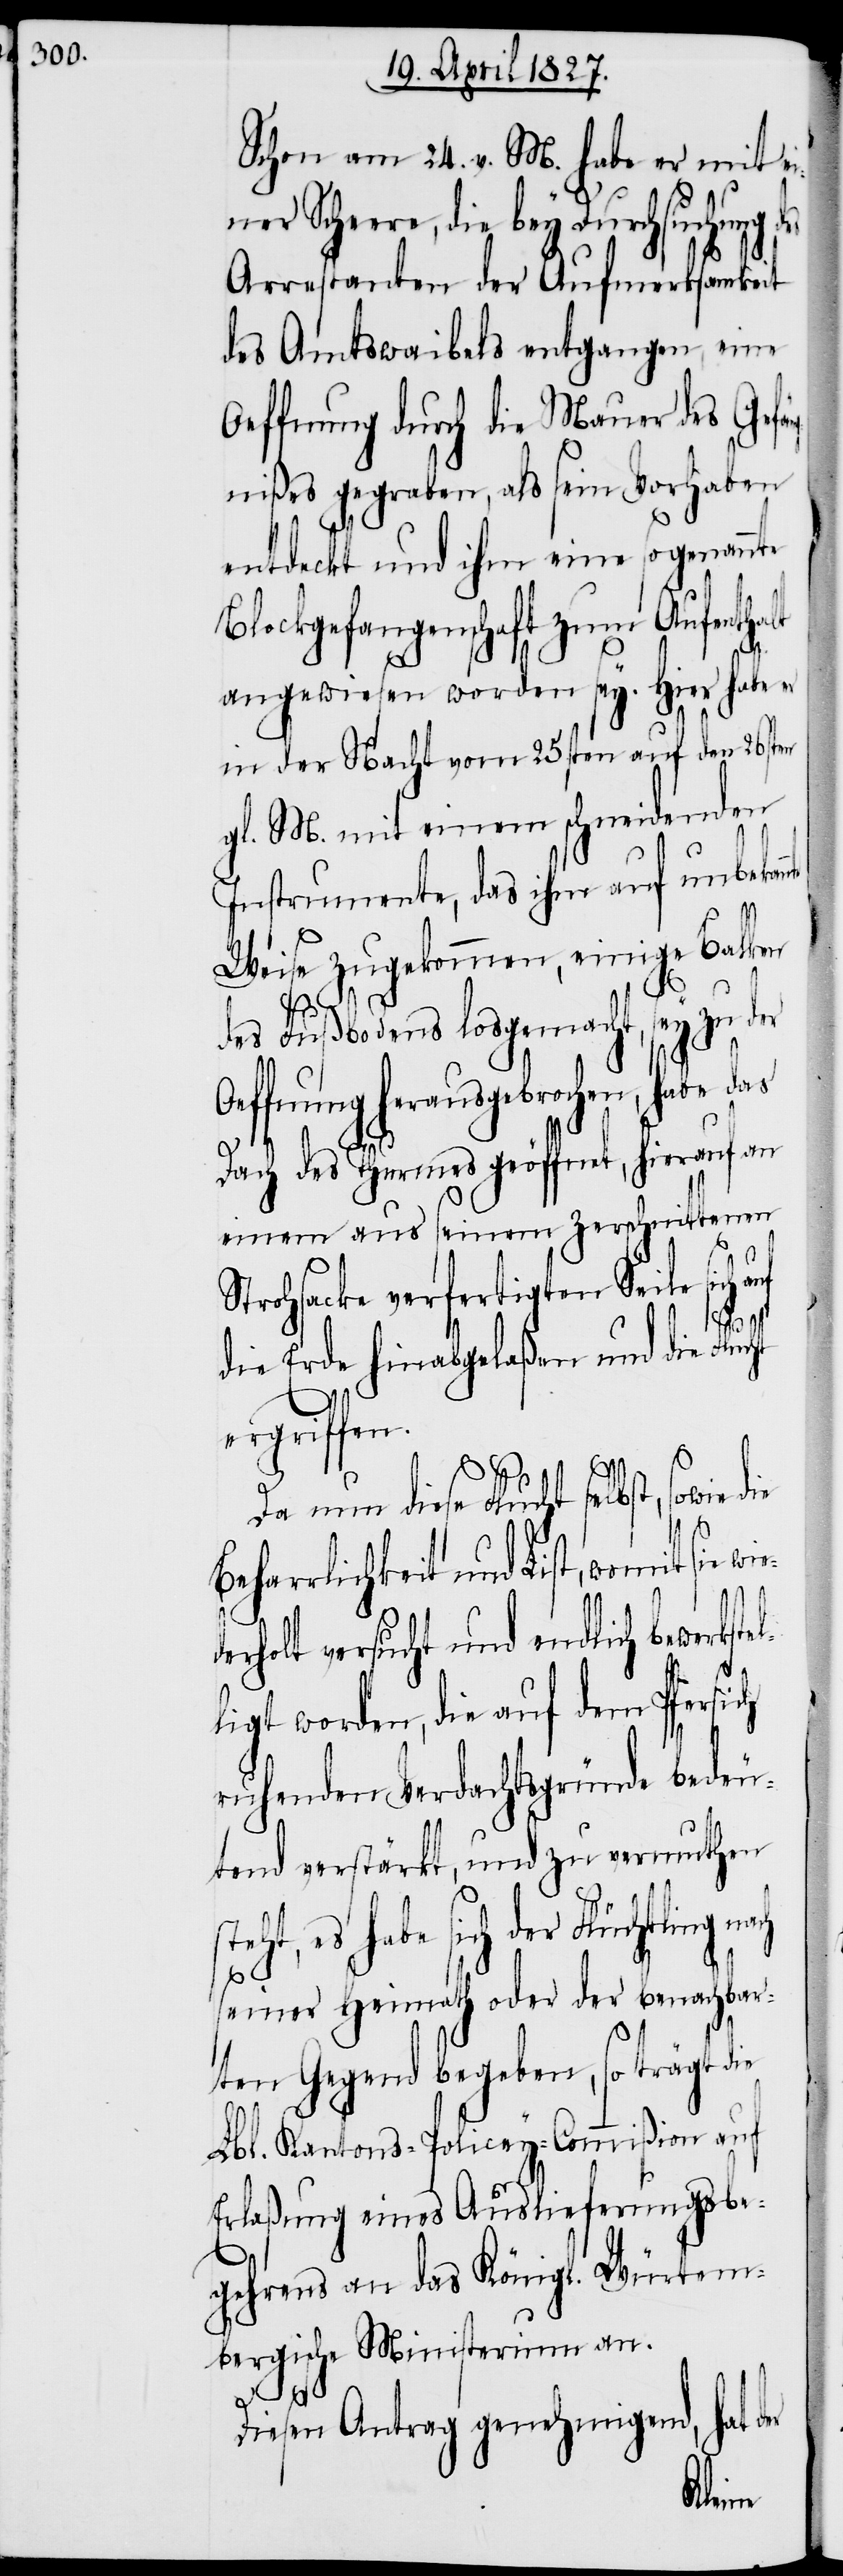
[sic!] am 24. v. M. habe er mit ei¬
ner Schere, die bey Durchsuchung
Arrestanden der Aufmerksamkeit
des Amtswaibels entgangen, eine
Oeffnung durch die Mauer des Gefän¬
gnißes gegraben, als sein Vorhaben
entdeckt und ihm eine sogenannte
Blockgefangenschaft zum Aufentha¬
angewiesen worden sey. Hier habe er
in der Nacht vom 25sten auf den 26sten
gl. M. mit einem schneidenden
Instrumente, das ihm auf unbekan¬
Weise zugekommen, einige Balken
des Fußbodens losgemacht, sey zu der
Oeffnung herausgebrochen, habe das
Dach des Thurmes geöffnet, hierauf an
einen aus seinem zerschnittenen
rohsacke verfertigten Seile sich
die Erde hinabgelaßen und die Fluc¬
ergriffen.
wiede¬
Da nun diese Flucht selbs¬
harrlichkeit und List, womit sie
rholt versucht und endlich bewerkst¬
ligt worden, die auf dem Pfersich
ruhenden Verdachtsgründe bedeu¬
tend verstärkt, und zu vermuthen
es habe sich der Flüchtling
t,
seiner Heimath oder der benachbar¬
ten Gegend begeben, so trägt die
Lbl. Kantons-Policey-Commißion auf
Erlaßung eines Auslieferungsbe¬
gehrens an das Königl. Würtem¬
bergische Ministerium an.
der
Diesen Antrag genehmigend,
Schon